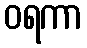
ဝရကာ